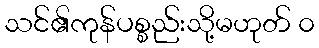
သင်၏ကုန်ပစ္စည်းသို့မဟုတ် ၀